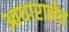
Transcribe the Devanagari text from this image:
आधारानेच